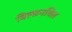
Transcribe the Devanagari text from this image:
विल्सनविल